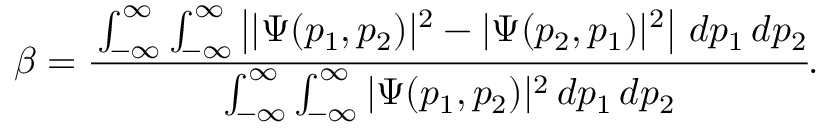
\beta = \cfrac { \int _ { - \infty } ^ { \infty } \int _ { - \infty } ^ { \infty } \left| | \Psi ( p _ { 1 } , p _ { 2 } ) | ^ { 2 } - | \Psi ( p _ { 2 } , p _ { 1 } ) | ^ { 2 } \right| \, d p _ { 1 } \, d p _ { 2 } } { \int _ { - \infty } ^ { \infty } \int _ { - \infty } ^ { \infty } | \Psi ( p _ { 1 } , p _ { 2 } ) | ^ { 2 } \, d p _ { 1 } \, d p _ { 2 } } .